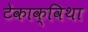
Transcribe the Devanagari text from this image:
टेकाक्विथा